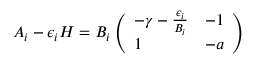
A _ { i } - \epsilon _ { i } H = B _ { i } \left( \begin{array} { l l } { - \gamma - \frac { \epsilon _ { i } } { B _ { i } } } & { - 1 } \\ { 1 } & { - a } \end{array} \right)